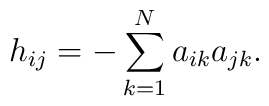
h_{ij}=-\sum_{k=1}^{N} a_{ik}a_{jk}.